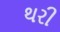
થરી